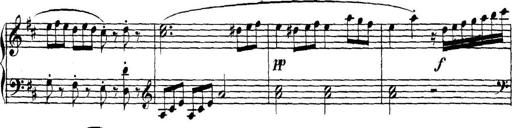
Title: Collected Piano Sonatas
Composer: Muzio Clementi